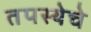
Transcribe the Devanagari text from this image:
तपस्येचे